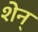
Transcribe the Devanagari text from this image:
शेन्